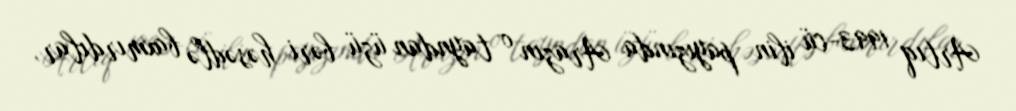
Artıq 1993-cü ilin payızında Arazın o tayndan üzü bəri həsədlə baxmırdılar,